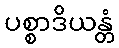
ပစ္စာဒိယန္တံ